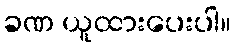
ခဏ ယူထားပေးပါ။